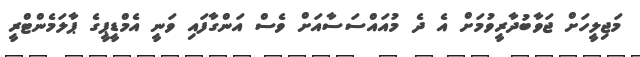
މަޖިލީހަށް ޖަވާބުދާރީވުމަށް އެ ދެ މުއައްސަސާއަށް ވެސް އަންގާފައި ވަނީ އެމްޑީޕީގެ ޕާލަމެންޓްރީ